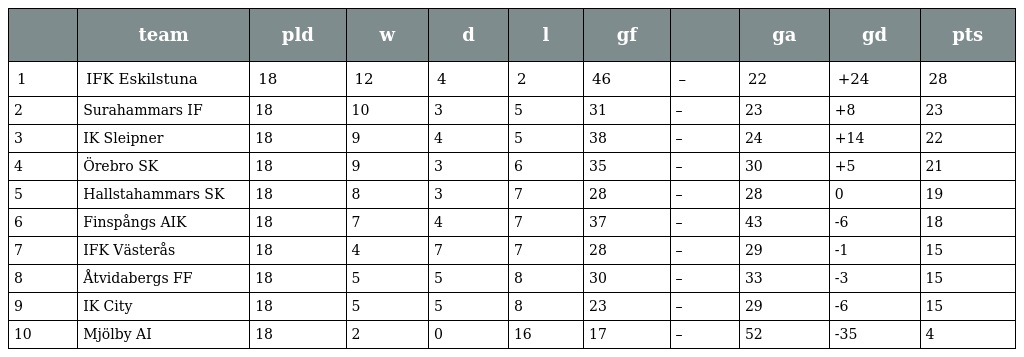
|  | team | pld | w | d | l | gf |  | ga | gd | pts |
 | --- | --- | --- | --- | --- | --- | --- | --- | --- | --- | --- |
 | 1 | IFK Eskilstuna | 18 | 12 | 4 | 2 | 46 | – | 22 | +24 | 28 |
 | 2 | Surahammars IF | 18 | 10 | 3 | 5 | 31 | – | 23 | +8 | 23 |
 | 3 | IK Sleipner | 18 | 9 | 4 | 5 | 38 | – | 24 | +14 | 22 |
 | 4 | Örebro SK | 18 | 9 | 3 | 6 | 35 | – | 30 | +5 | 21 |
 | 5 | Hallstahammars SK | 18 | 8 | 3 | 7 | 28 | – | 28 | 0 | 19 |
 | 6 | Finspångs AIK | 18 | 7 | 4 | 7 | 37 | – | 43 | -6 | 18 |
 | 7 | IFK Västerås | 18 | 4 | 7 | 7 | 28 | – | 29 | -1 | 15 |
 | 8 | Åtvidabergs FF | 18 | 5 | 5 | 8 | 30 | – | 33 | -3 | 15 |
 | 9 | IK City | 18 | 5 | 5 | 8 | 23 | – | 29 | -6 | 15 |
 | 10 | Mjölby AI | 18 | 2 | 0 | 16 | 17 | – | 52 | -35 | 4 |